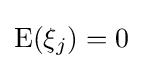
{\text{E}}(\xi _{j})=0